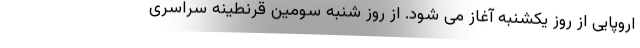
اروپایی از روز یکشنبه آغاز می شود. از روز شنبه سومین قرنطینه سراسری